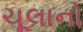
ચૂલાનો